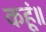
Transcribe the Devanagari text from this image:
कहूं॥